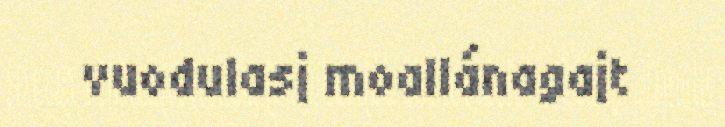
vuodulasj moallánagajt